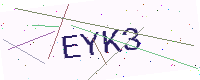
Text: EYK3